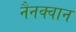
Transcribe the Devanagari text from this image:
नैनक्वान